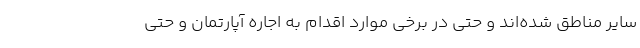
سایر مناطق شده‌اند و حتی در برخی موارد اقدام به اجاره آپارتمان و حتی